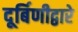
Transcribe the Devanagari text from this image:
दूर्बिणीद्वारे